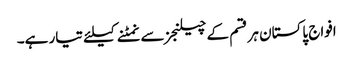
افواج پاکستان ہر قسم کے چیلنجز سے نمٹنے کیلئے تیار ہے۔